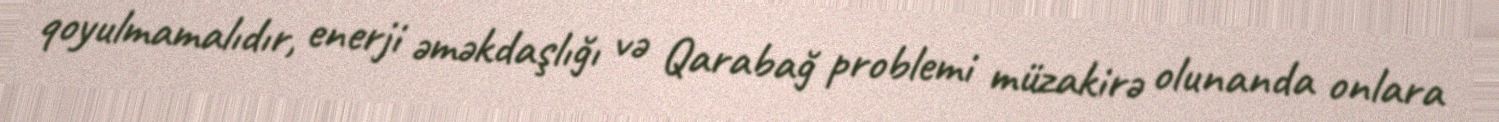
qoyulmamalıdır, enerji əməkdaşlığı və Qarabağ problemi müzakirə olunanda onlara